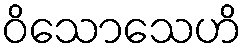
ဝိသောသေဟိ